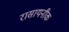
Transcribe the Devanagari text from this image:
रासायनीक